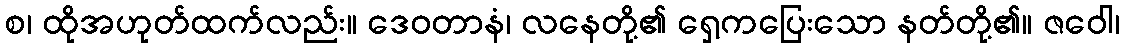
စ၊ ထိုအဟုတ်ထက်လည်း။ ဒေဝတာနံ၊ လနေတို့၏ ရှေ့ကပြေးသော နတ်တို့၏။ ဇဝေါ၊